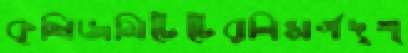
কৃষিজমিটেটেরনিসর্গদৃশ্